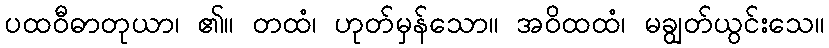
ပထဝီဓာတုယာ၊ ၏။ တထံ၊ ဟုတ်မှန်သော။ အဝိထထံ၊ မချွတ်ယွင်းသေ။